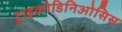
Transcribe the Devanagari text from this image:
ट्राइकोडिनिओसिस